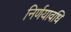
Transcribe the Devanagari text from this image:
निर्णयावधि